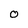
Character: 0